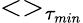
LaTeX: <>_{\tau_{min}}